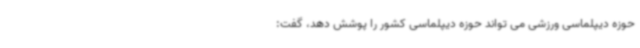
حوزه دیپلماسی ورزشی می تواند حوزه دیپلماسی کشور را پوشش دهد، گفت: